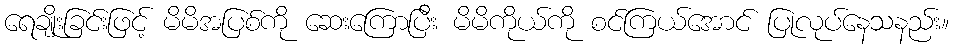
ရေချိုးခြင်းဖြင့် မိမိအပြစ်ကို ဆေးကြောပြီး မိမိကိုယ်ကို စင်ကြယ်အောင် ပြုလုပ်နေသနည်း။